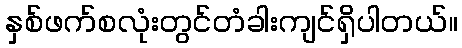
နှစ်ဖက်စလုံးတွင်တံခါးကျင်ရှိပါတယ်။